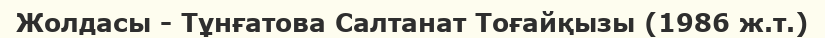
Жолдасы - Тұнғатова Салтанат Тоғайқызы (1986 ж.т.)